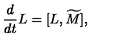
{ \frac { d } { d t } } { L } = [ L , \widetilde { M } ] ,